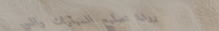
ورشة تصليح السيارات والسي